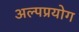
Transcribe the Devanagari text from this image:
अल्पप्रयोग